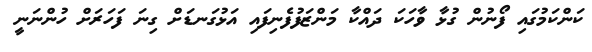
ކަންކަމުގައި ފޯނުން ގުޅާ ވާހަކަ ދައްކާ މަންޒަފުފެނިފައި އަޅުގަނޑަށް ގިނަ ފަހަރަށް ހުންނަނީ